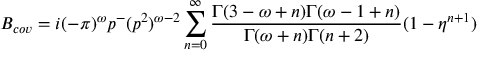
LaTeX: B _ { c o v } = i ( - \pi ) ^ { \omega } p ^ { - } ( p ^ { 2 } ) ^ { \omega - 2 } \sum _ { n = 0 } ^ { \infty } \frac { \Gamma ( 3 - \omega + n ) \Gamma ( \omega - 1 + n ) } { \Gamma ( \omega + n ) \Gamma ( n + 2 ) } ( 1 - \eta ^ { n + 1 } )